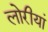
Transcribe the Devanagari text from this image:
लोरीयां